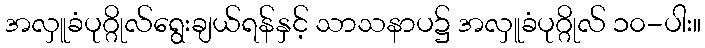
အလှူခံပုဂ္ဂိုလ်ရွေးချယ်ရန်နှင့် သာသနာပ၌ အလှူခံပုဂ္ဂိုလ် ၁၀-ပါး။